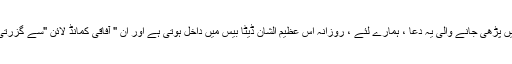
دنیا میں پڑھی جانے والی یہ دعا ، ہمارے لئے ، روزانہ اُس عظیم الشان ڈیٹا بیس میں داخل ہوتی ہے اور اِن " آفاقی کمانڈ لائن "سے گزرتی ہے ۔